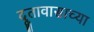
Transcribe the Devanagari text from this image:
दूतावासाच्या